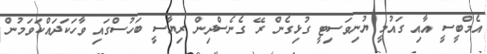
އެމްބީސީ އާއި ގައުމީ ޔުނިވަސިޓީ ގުޅިގެން ރޭ ގެނެސްދިން ރިޔާސީ ބަހުސްގައި ވާހަކަދައްކަވަމުން